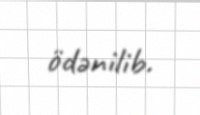
ödənilib.